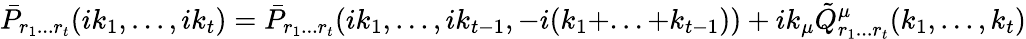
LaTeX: \bar{P}_{r_{1}...r_{t}}(ik_{1},...,ik_{t})=\bar{P}_{r_{1}...r_{t}}(ik_{1},...,ik_{t-1},-i(k_{1}+...+k_{t-1}))+ik_{\mu}\tilde{Q}_{r_{1}...r_{t}}^{\mu}(k_{1},...,k_{t})